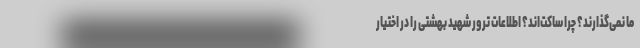
ما نمی‌گذارند؟ چرا ساکت‌اند؟ اطلاعات ترور شهید بهشتی را در اختیار